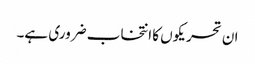
ان تحریکوں کا انتخاب ضروری ہے۔